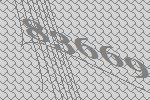
83669